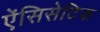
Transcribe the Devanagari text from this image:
ऐंसिसेटिक